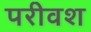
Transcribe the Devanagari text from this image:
परीवश